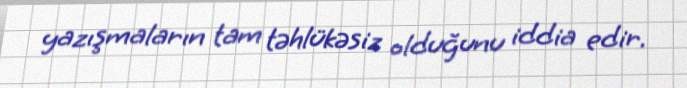
yazışmaların tam təhlükəsiz olduğunu iddia edir.